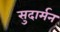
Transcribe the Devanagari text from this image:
सुदार्मन